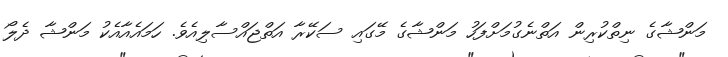
މަންޝާގެ ނިތްކުރިން އަތްނެގުމަށްފަހު މަންޝާގެ މޭގައި ސަކޭރާ އަތްޖައްސާލިއެވެ. ހަމައެއާއެކު މަންޝާ ދެލޯ